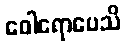
ဝေါရောပေသိ